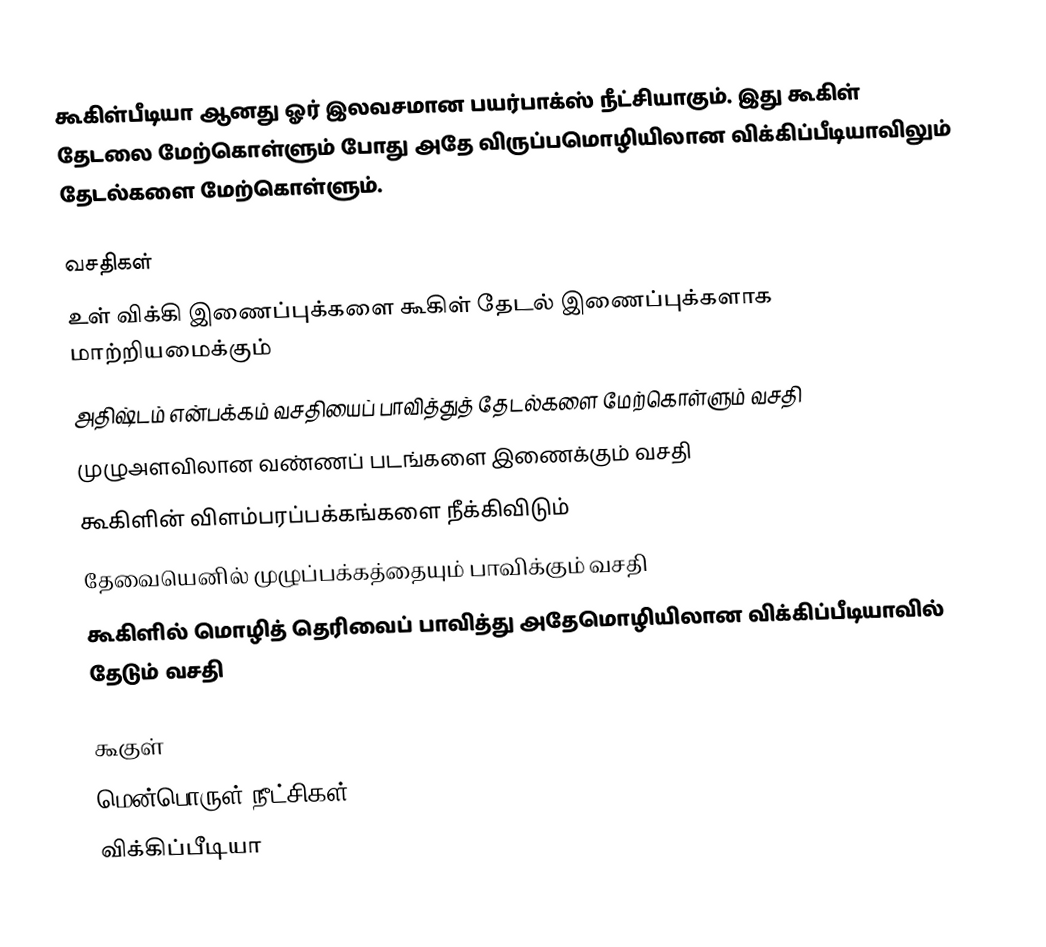
கூகிள்பீடியா ஆனது ஓர் இலவசமான பயர்பாக்ஸ் நீட்சியாகும். இது கூகிள் தேடலை மேற்கொள்ளும் போது அதே விருப்பமொழியிலான விக்கிப்பீடியாவிலும் தேடல்களை மேற்கொள்ளும்.

வசதிகள்
 உள் விக்கி இணைப்புக்களை கூகிள் தேடல் இணைப்புக்களாக மாற்றியமைக்கும்
 அதிஷ்டம் என்பக்கம் வசதியைப் பாவித்துத் தேடல்களை மேற்கொள்ளும் வசதி
 முழுஅளவிலான வண்ணப் படங்களை இணைக்கும் வசதி
 கூகிளின் விளம்பரப்பக்கங்களை நீக்கிவிடும்
 தேவையெனில் முழுப்பக்கத்தையும் பாவிக்கும் வசதி
 கூகிளில் மொழித் தெரிவைப் பாவித்து அதேமொழியிலான விக்கிப்பீடியாவில் தேடும் வசதி

கூகுள்
மென்பொருள் நீட்சிகள்
விக்கிப்பீடியா